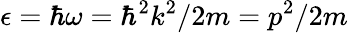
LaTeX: \epsilon=\hbar\omega=\hbar^{2}k^{2}/2m=p^{2}/2m